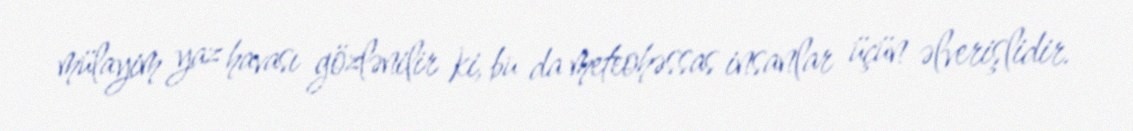
mülayim yaz havası gözlənilir ki, bu da meteohəssas insanlar üçün əlverişlidir.